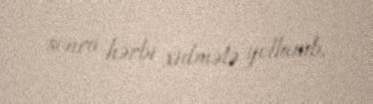
sonra hərbi xidmətə yollanıb.